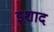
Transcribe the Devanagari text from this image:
इशाद